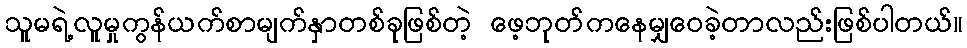
သူမရဲ့လူမှုကွန်ယက်စာမျက်နှာတစ်ခုဖြစ်တဲ့ ဖေ့ဘုတ်ကနေမျှဝေခဲ့တာလည်းဖြစ်ပါတယ်။